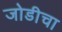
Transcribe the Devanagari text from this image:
जोडीचा